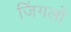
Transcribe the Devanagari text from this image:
जिंगलों